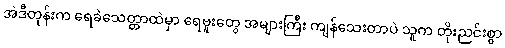
အဲဒီတုန်းက ရေခဲသေတ္တာထဲမှာ ရေဗူးတွေ အများကြီး ကျန်သေးတာပဲ သူက တိုးညင်းစွာ